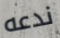
ندعه